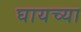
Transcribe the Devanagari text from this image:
घायच्या